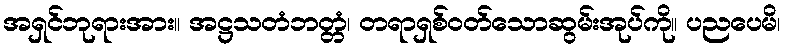
အရှင်ဘုရားအား။ အဋ္ဌသတံဘတ္တံ၊ တရာရှစ်ဝတ်သောဆွမ်းအုပ်ကို။ ပညပေမိ၊